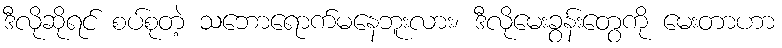
ဒီလိုဆိုရင် စပ်စုတဲ့ သဘောရောက်မနေဘူးလား၊ ဒီလိုမေးခွန်းတွေကို မေးတာဟာ